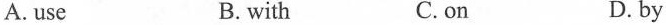
A.use B. with C. on D. by